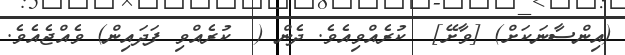
(އިންސާނަކަށް) [ވާށޭ]  ކުރެއްވިއެވެ. ދެން (  ކުރެއްވި ފަދައިން) ވެއްޖެއެވެ.